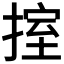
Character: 𢯶